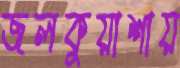
জলকুয়াশায়